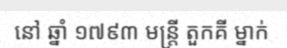
នៅ ឆ្នាំ ១៧៩៣ មន្ត្រី តួកគី ម្នាក់